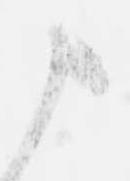
申